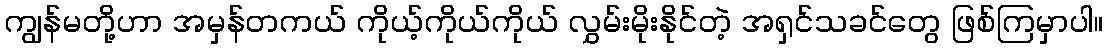
ကျွန်မတို့ဟာ အမှန်တကယ် ကိုယ့်ကိုယ်ကိုယ် လွှမ်းမိုးနိုင်တဲ့ အရှင်သခင်တွေ ဖြစ်ကြမှာပါ။